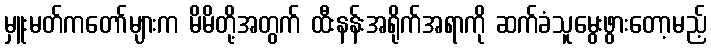
မှူးမတ်ကတော်များက မိမိတို့အတွက် ထီးနန်းအရိုက်အရာကို ဆက်ခံသူမွေးဖွားတော့မည့်